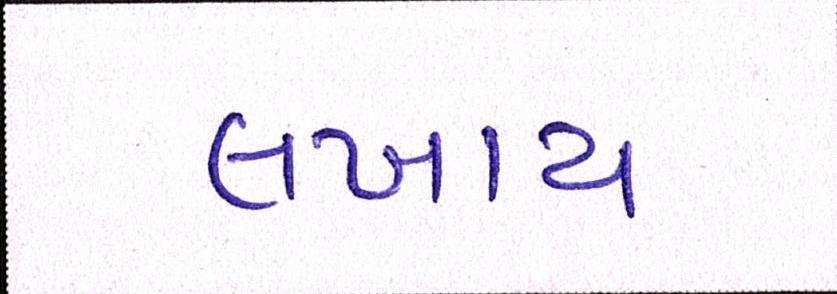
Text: લખાય